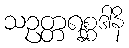
သဥတ္တရစ္ဆဒါနိ